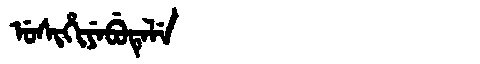
Manchu: ᡠᠰᡳᡥᡳᠶᡝᠪᡠᡨᡝᠯᡝ
Romanization: USIHIYEBUTELE